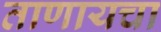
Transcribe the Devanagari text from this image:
ताणायचा